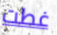
غطت